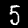
Digit: 5